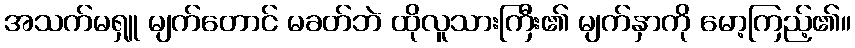
အသက်မရှူ မျက်တောင် မခတ်ဘဲ ထိုလူသားကြီး၏ မျက်နှာကို မော့ကြည့်၏။